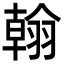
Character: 翰